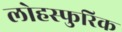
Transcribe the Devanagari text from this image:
लोहस्फुरिक